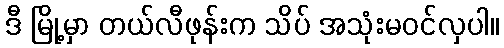
ဒီ မြို့မှာ တယ်လီဖုန်းက သိပ် အသုံးမဝင်လှပါ။